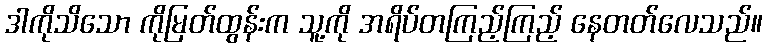
ဒါကိုသိသော ကိုမြတ်ထွန်းက သူ့ကို အရိပ်တကြည့်ကြည့် နေတတ်လေသည်။